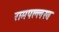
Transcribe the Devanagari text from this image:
रामपल्लख